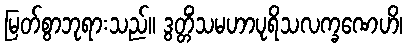
မြတ်စွာဘုရားသည်။ ဒွတ္တိံသမဟာပုရိသလက္ခဏေဟိ၊